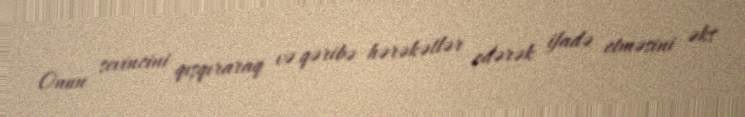
Onun sevincini qışqıraraq və qəribə hərəkətlər edərək ifadə etməsini əks